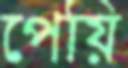
পেয়ি